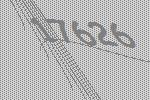
17626